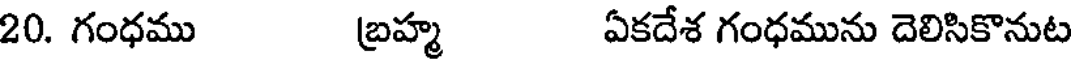
20. గంధము బ్రహ్మ ఏకదేశ గంధమును దెలిసికొనుట